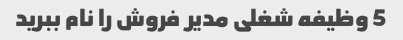
5 وظیفه شغلی مدیر فروش را نام ببرید